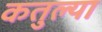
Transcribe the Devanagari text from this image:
कतुल्या